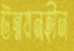
উন্নয়নহীন